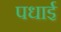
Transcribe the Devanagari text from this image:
पधाई